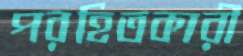
পরহিতকারী